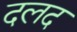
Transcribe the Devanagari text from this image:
दलद